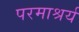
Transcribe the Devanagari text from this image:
परमाश्रर्य